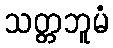
သတ္တဘူမံ